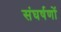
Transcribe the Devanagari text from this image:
संघर्षणों